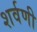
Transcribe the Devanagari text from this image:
शर्वणी